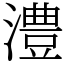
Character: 澧